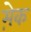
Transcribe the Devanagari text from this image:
मे़क